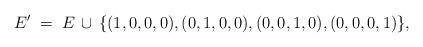
LaTeX: \begin{align*}E' \; = \; E \, \cup \, \{(1,0,0,0), (0,1,0,0), (0,0,1,0),(0,0,0,1)\},\end{align*}